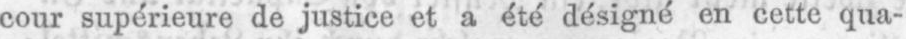
cour supérieure de justice et a été désigné en cette qua-